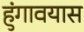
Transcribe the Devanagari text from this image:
हुंगावयास